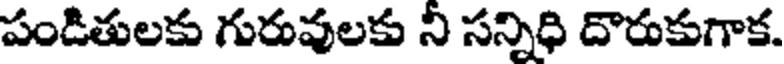
పండితులకు గురువులకు ని సన్నిధి దొరుకుగాక.